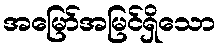
အမြော်အမြင်ရှိသော